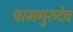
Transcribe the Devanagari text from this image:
परमगुरुदेव